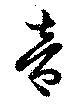
音